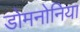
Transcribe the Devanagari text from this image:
डोमनोनिया